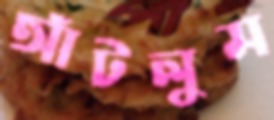
আঁটলুম